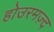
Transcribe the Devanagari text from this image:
होउरमज़्द